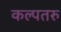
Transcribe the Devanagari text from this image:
कल्‍पतरु